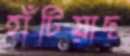
হাঁটিয়াছ